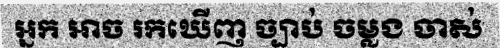
អ្នក អាច រកឃើញ ច្បាប់ ចម្លង ចាស់